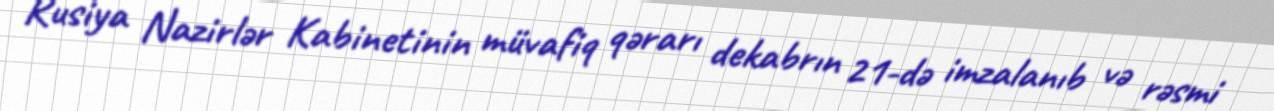
Rusiya Nazirlər Kabinetinin müvafiq qərarı dekabrın 21-də imzalanıb və rəsmi